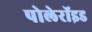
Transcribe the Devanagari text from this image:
पोलेरॉइड